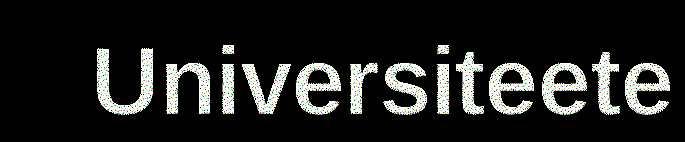
Universiteete